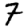
Digit: 7